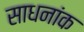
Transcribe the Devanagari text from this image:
साधनांक